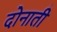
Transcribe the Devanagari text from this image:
दोनाती